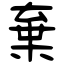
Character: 棄